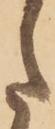
た